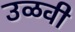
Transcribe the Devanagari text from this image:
उळवी